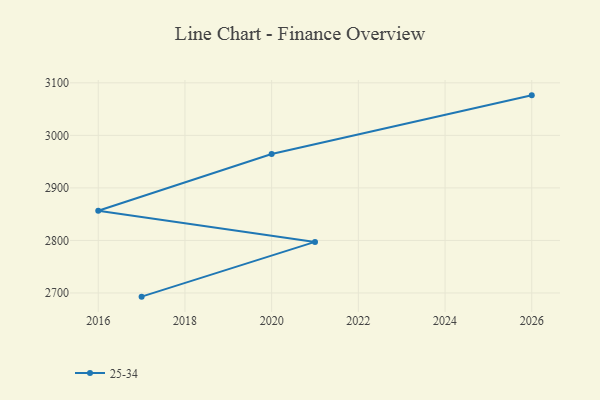
{"axis": {"x": "Year", "y": "Revenue (USD Million)"}, "legend": ["25-34"], "data": [{"x": "2026", "y": 3076.2, "type": "25-34"}, {"x": "2020", "y": 2964.5, "type": "25-34"}, {"x": "2016", "y": 2856.4, "type": "25-34"}, {"x": "2021", "y": 2797.2, "type": "25-34"}, {"x": "2017", "y": 2693.0, "type": "25-34"}]}